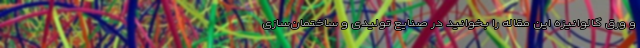
و ورق گالوانیزه این مقاله را بخوانید در صنایع تولیدی و ساختمان‌سازی